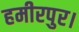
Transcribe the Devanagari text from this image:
हमीरपुर।